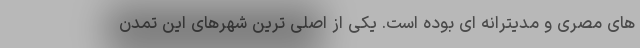
های مصری و مدیترانه ای بوده است. یکی از اصلی ترین شهرهای این تمدن